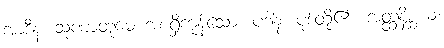
အာဒီနံ၊ သုဏာတုမေ အစရှိကုန်သော။ ပဒါနံ၊ ပုဒ်တို့၏။ အတ္ထနိစ္ဆယံ၊